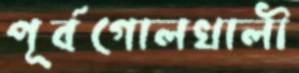
পূর্বগোলখালী